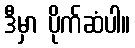
ဒီမှာ ပိုက်ဆံပါ။